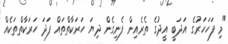
"މި ފަހަހަރުގެ އަދަބީ އީދުގެ ތެރެއިން ފެނިގެން ދިޔަ ހަރަކާތްތައް ފަދަ ހަރަކާތްތަކެއް